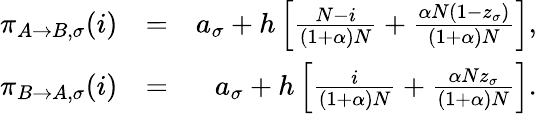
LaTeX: \begin{array}{rlr}{\pi_{A\to B,\sigma}(i)}&{=}&{a_{\sigma}+h\left[\frac{N-i}{(1+\alpha)N}+\frac{\alpha N(1-z_{\sigma})}{(1+\alpha)N}\right],}\\ {\pi_{B\to A,\sigma}(i)}&{=}&{a_{\sigma}+h\left[\frac{i}{(1+\alpha)N}+\frac{\alpha Nz_{\sigma}}{(1+\alpha)N}\right].}\end{array}